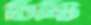
চিন্টি